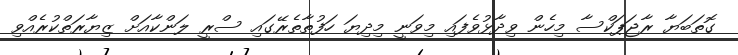
ގޮތަބަޔާ ރާޖަޕަކްސާ މިހެން ވިދާޅުވެފައި މިވަނީ މިދިޔަ ހަފުތާތެރޭގައި ސްރީ ލަންކާއަށް ޒިޔާރަތްކުރެއްވި